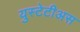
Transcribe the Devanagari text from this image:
युस्टेटीअस